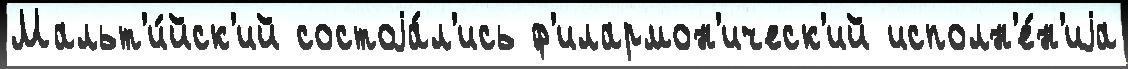
Мальт'и́йск'ий состоjа́л'ись ф'илармон'ическ'ий исполн'е́н'иjа